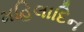
મહિલાદિન